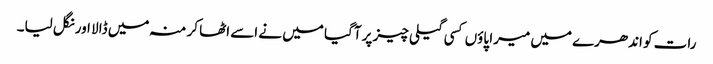
رات کو اندھرے میں میرا پاوٴں کسی گیلی چیز پر آگیا میں نے اسے اٹھا کر منہ میں ڈالا اور نگل لیا۔